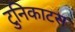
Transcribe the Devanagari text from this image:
टुनिकाटस